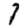
Digit: 7